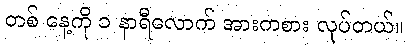
တစ် နေ့ကို ၁ နာရီလောက် အားကစား လုပ်တယ်။